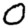
Digit: 0